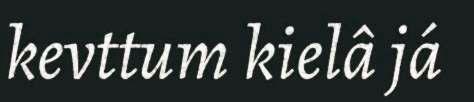
kevttum kielâ já